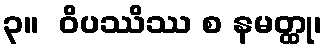
၃။  ဝိပဿိဿ စ နမတ္ထု၊